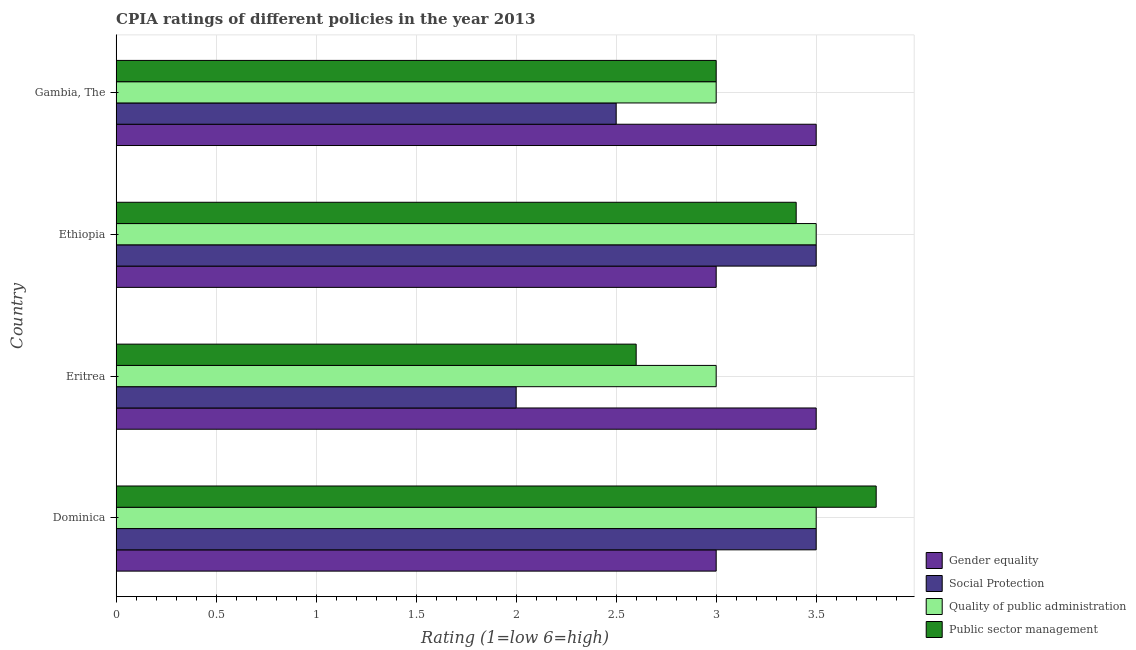
| Country | Gender equality | Social Protection | Quality of public administration | Public sector management |
 | --- | --- | --- | --- | --- |
 | Dominica | 3 | 3.5 | 3.5 | 3.8 |
 | Eritrea | 3.5 | 2 | 3 | 2.6 |
 | Ethiopia | 3 | 3.5 | 3.5 | 3.4 |
 | Gambia, The | 3.5 | 2.5 | 3 | 3 |